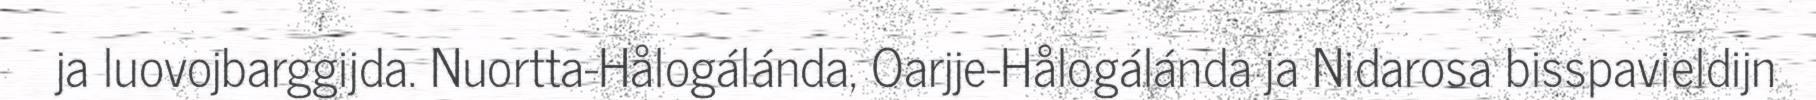
ja luovojbarggijda. Nuortta-Hålogálánda, Oarjje-Hålogálánda ja Nidarosa bisspavieldijn